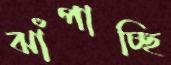
ঝাঁপাচ্ছি